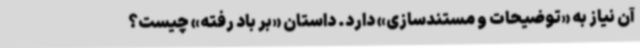
آن نیاز به «توضیحات و مستندسازی» دارد. داستان «بر باد رفته» چیست؟